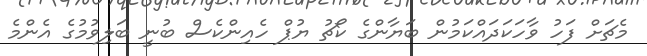
މެޗަށް ފަހު ވާހަކަދައްކަމުން ބަޔާންގެ ކޯޗު ޔުޕް ހެއިންކެސް ބުނީ ބަލިވުމުގެ އެންމެ